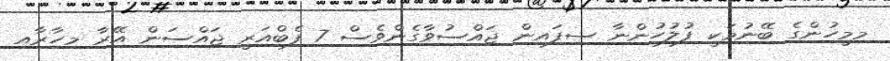
މިމީހުންގެ ބޭނުމަކީ ފުލުހުންނާ ސިފައިން ޖައްސުވާގެންވެސް 7 ފެބްއަރީ ޖައްސަން އޭރާ މިހާރާއި